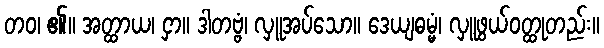
တဝ၊ ၏။ အတ္ထာယ၊ ငှာ။ ဒါတဗ္ဗံ၊ လှူအပ်သော။ ဒေယျဓမ္မံ၊ လှူဖွယ်ဝတ္ထုတည်း။